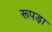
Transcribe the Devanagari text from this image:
रूपड़ा